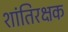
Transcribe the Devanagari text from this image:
शांतिरक्षक